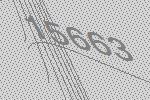
15663